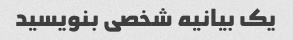
یک بیانیه شخصی بنویسید